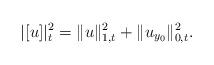
LaTeX: \begin{align*}|[u]|_t^2=\|u\|_{1,t}^2+\|u_{y_0}\|_{0,t}^2.\end{align*}